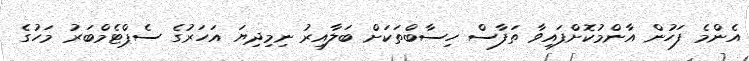
އެންމެ ފަހުން އާންމުކޮށްފައިވާ ތަފާސް ހިސާބްތަކަށް ބަލާއިރު ނިމިދިޔަ އަހަރުގެ ސެޕްޓެމްބަރު މަހުގެ